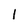
Character: l